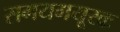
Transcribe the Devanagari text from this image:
समयमयूखः